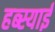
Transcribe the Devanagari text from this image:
हब्स्याई